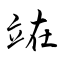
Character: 𫞼